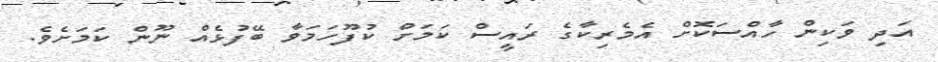
އަދި ވަކިން ހާއްސަކޮށް އެމެރިކާގެ ރައީސް ކަމަށް ކުފޫހަމަވާ ބޭފުޅެއް ނޫން ކަމަށެވެ.